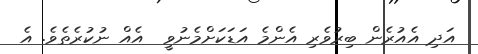
އަދި އެއުރެން ބިރުވެރި އެންމެ އަޑަކަށްމެނުވީ  އެއް ނުކުރެތެވެ. އެ